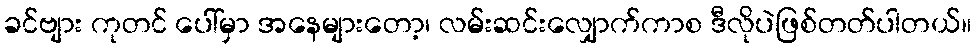
ခင်ဗျား ကုတင် ပေါ်မှာ အနေများတော့၊ လမ်းဆင်းလျှောက်ကာစ ဒီလိုပဲဖြစ်တတ်ပါတယ်။